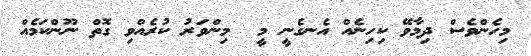
މިހެންވެސް ދިމާވޭ ކިހިނެއް އެނގެނީ މީ  މިންވަރު ކުރެއްވި ގޮތް ނޫންކަމެއް